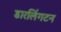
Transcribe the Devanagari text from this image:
डारलिंगटन